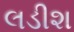
લડીશ